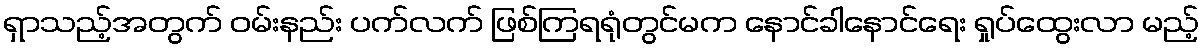
ရှာသည့်အတွက် ဝမ်းနည်း ပက်လက် ဖြစ်ကြရရုံတွင်မက နောင်ခါနောင်ရေး ရှုပ်ထွေးလာ မည့်